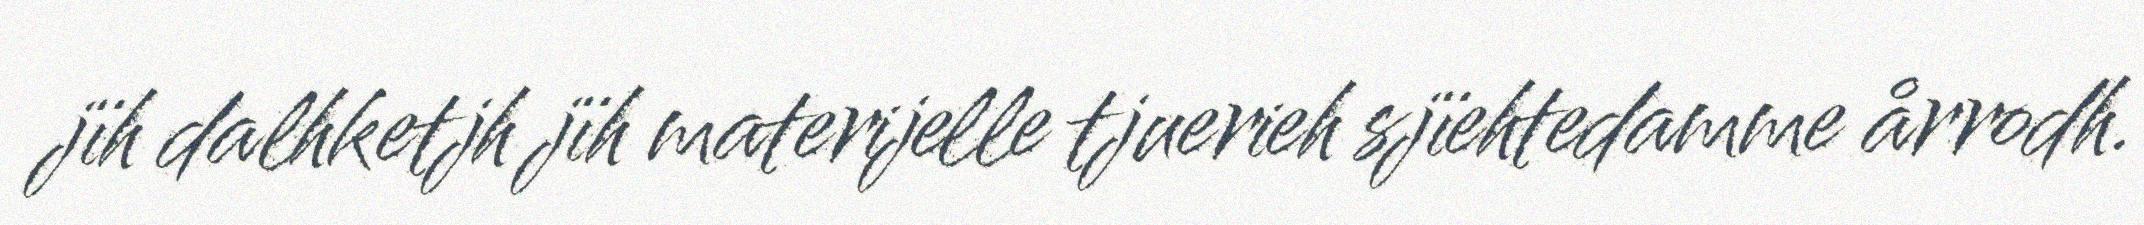
jïh dalhketjh jïh materijelle tjuerieh sjïehtedamme årrodh.